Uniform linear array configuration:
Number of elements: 16
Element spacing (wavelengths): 1
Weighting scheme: kaiser
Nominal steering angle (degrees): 45
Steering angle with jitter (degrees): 46.842
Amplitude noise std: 0.05
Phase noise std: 0.05

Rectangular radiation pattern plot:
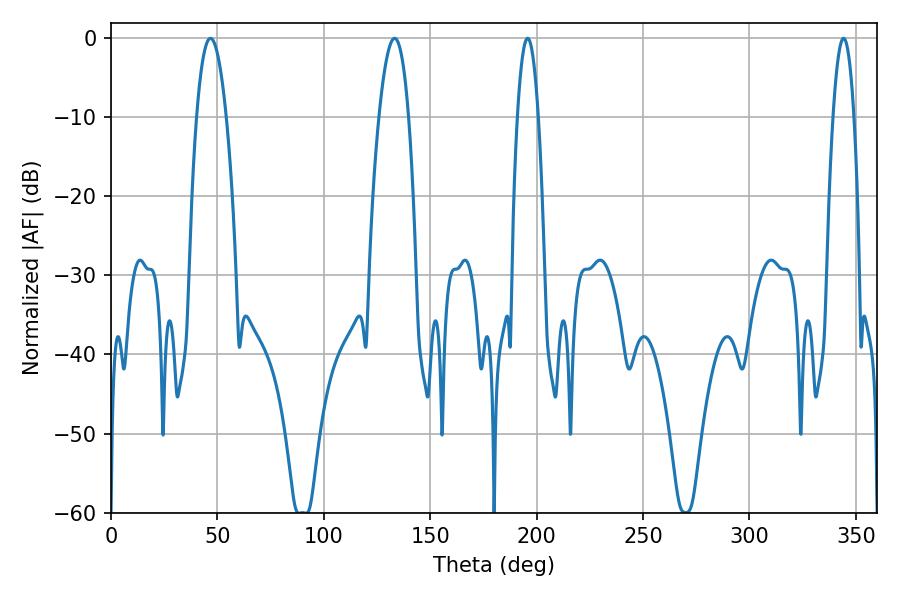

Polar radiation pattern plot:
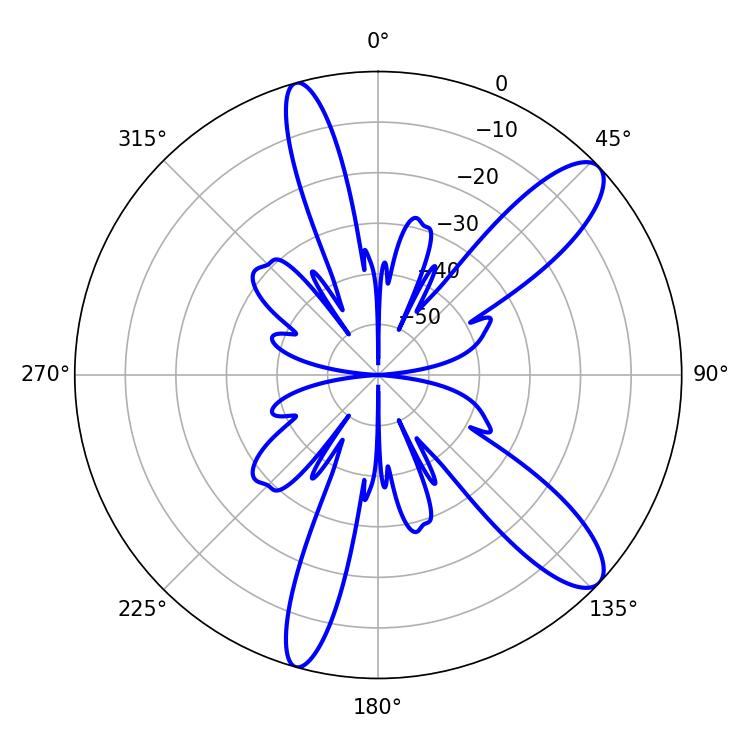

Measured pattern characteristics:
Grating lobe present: TRUE
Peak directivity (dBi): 11.122
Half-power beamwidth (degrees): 7.74
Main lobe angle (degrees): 133.2